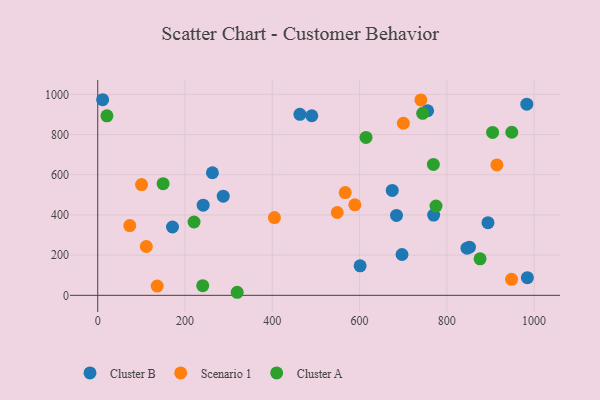
{"axis": {"x": "Price", "y": "Sales"}, "legend": ["Cluster A", "Cluster B", "Scenario 1"], "data": [{"x": "769.8", "y": 399.1, "type": "Cluster B"}, {"x": "463.3", "y": 900.6, "type": "Cluster B"}, {"x": "984.6", "y": 87.7, "type": "Cluster B"}, {"x": "674.9", "y": 521.9, "type": "Cluster B"}, {"x": "851.8", "y": 239.6, "type": "Cluster B"}, {"x": "846.2", "y": 234.7, "type": "Cluster B"}, {"x": "697.3", "y": 203.1, "type": "Cluster B"}, {"x": "171.3", "y": 340.0, "type": "Cluster B"}, {"x": "983.3", "y": 950.9, "type": "Cluster B"}, {"x": "241.6", "y": 448.8, "type": "Cluster B"}, {"x": "490.6", "y": 893.5, "type": "Cluster B"}, {"x": "601.3", "y": 146.9, "type": "Cluster B"}, {"x": "287.6", "y": 493.5, "type": "Cluster B"}, {"x": "11.2", "y": 973.2, "type": "Cluster B"}, {"x": "894.3", "y": 361.4, "type": "Cluster B"}, {"x": "262.8", "y": 609.9, "type": "Cluster B"}, {"x": "684.7", "y": 397.6, "type": "Cluster B"}, {"x": "756.0", "y": 918.4, "type": "Cluster B"}, {"x": "567.2", "y": 511.0, "type": "Scenario 1"}, {"x": "100.4", "y": 551.0, "type": "Scenario 1"}, {"x": "73.4", "y": 346.9, "type": "Scenario 1"}, {"x": "548.9", "y": 412.1, "type": "Scenario 1"}, {"x": "111.3", "y": 243.0, "type": "Scenario 1"}, {"x": "404.9", "y": 387.1, "type": "Scenario 1"}, {"x": "700.4", "y": 856.1, "type": "Scenario 1"}, {"x": "914.8", "y": 649.0, "type": "Scenario 1"}, {"x": "589.2", "y": 450.4, "type": "Scenario 1"}, {"x": "136.3", "y": 46.1, "type": "Scenario 1"}, {"x": "740.6", "y": 972.1, "type": "Scenario 1"}, {"x": "948.3", "y": 79.6, "type": "Scenario 1"}, {"x": "21.1", "y": 893.3, "type": "Cluster A"}, {"x": "904.9", "y": 810.5, "type": "Cluster A"}, {"x": "948.9", "y": 811.5, "type": "Cluster A"}, {"x": "149.8", "y": 555.3, "type": "Cluster A"}, {"x": "240.6", "y": 47.8, "type": "Cluster A"}, {"x": "876.2", "y": 181.8, "type": "Cluster A"}, {"x": "769.2", "y": 651.4, "type": "Cluster A"}, {"x": "614.8", "y": 785.4, "type": "Cluster A"}, {"x": "744.7", "y": 905.6, "type": "Cluster A"}, {"x": "220.7", "y": 364.8, "type": "Cluster A"}, {"x": "319.6", "y": 15.2, "type": "Cluster A"}, {"x": "775.2", "y": 444.2, "type": "Cluster A"}]}